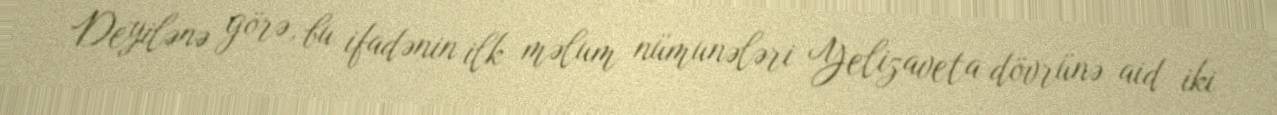
Deyilənə görə, bu ifadənin ilk məlum nümunələri Yelizaveta dövrünə aid iki